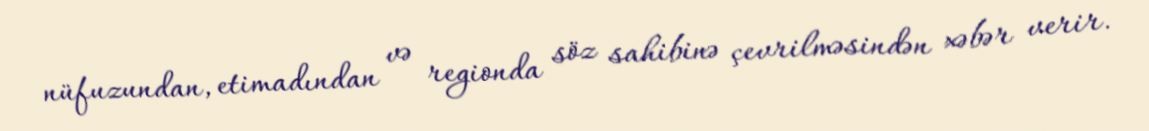
nüfuzundan, etimadından və regionda söz sahibinə çevrilməsindən xəbər verir.